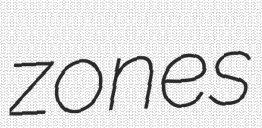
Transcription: zones